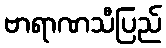
ဗာရာဏသီပြည်